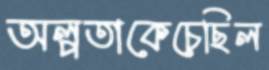
অল্পতাকেচেছিল